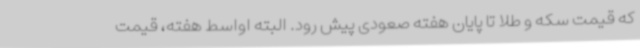
که قیمت سکه و طلا تا پایان هفته صعودی پیش رود. البته اواسط هفته، قیمت